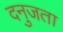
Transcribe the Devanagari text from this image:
दनुजता